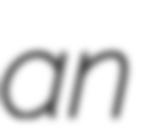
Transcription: an